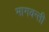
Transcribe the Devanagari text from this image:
भागवन्ती